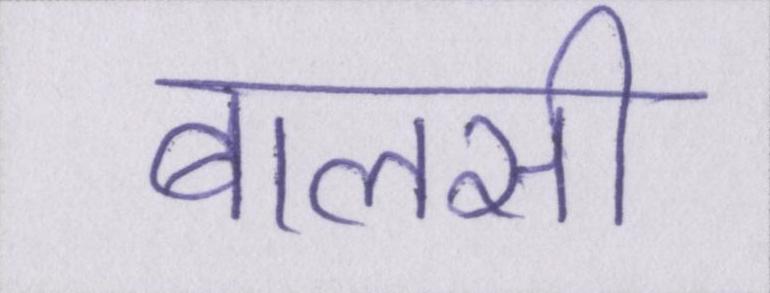
बालसी